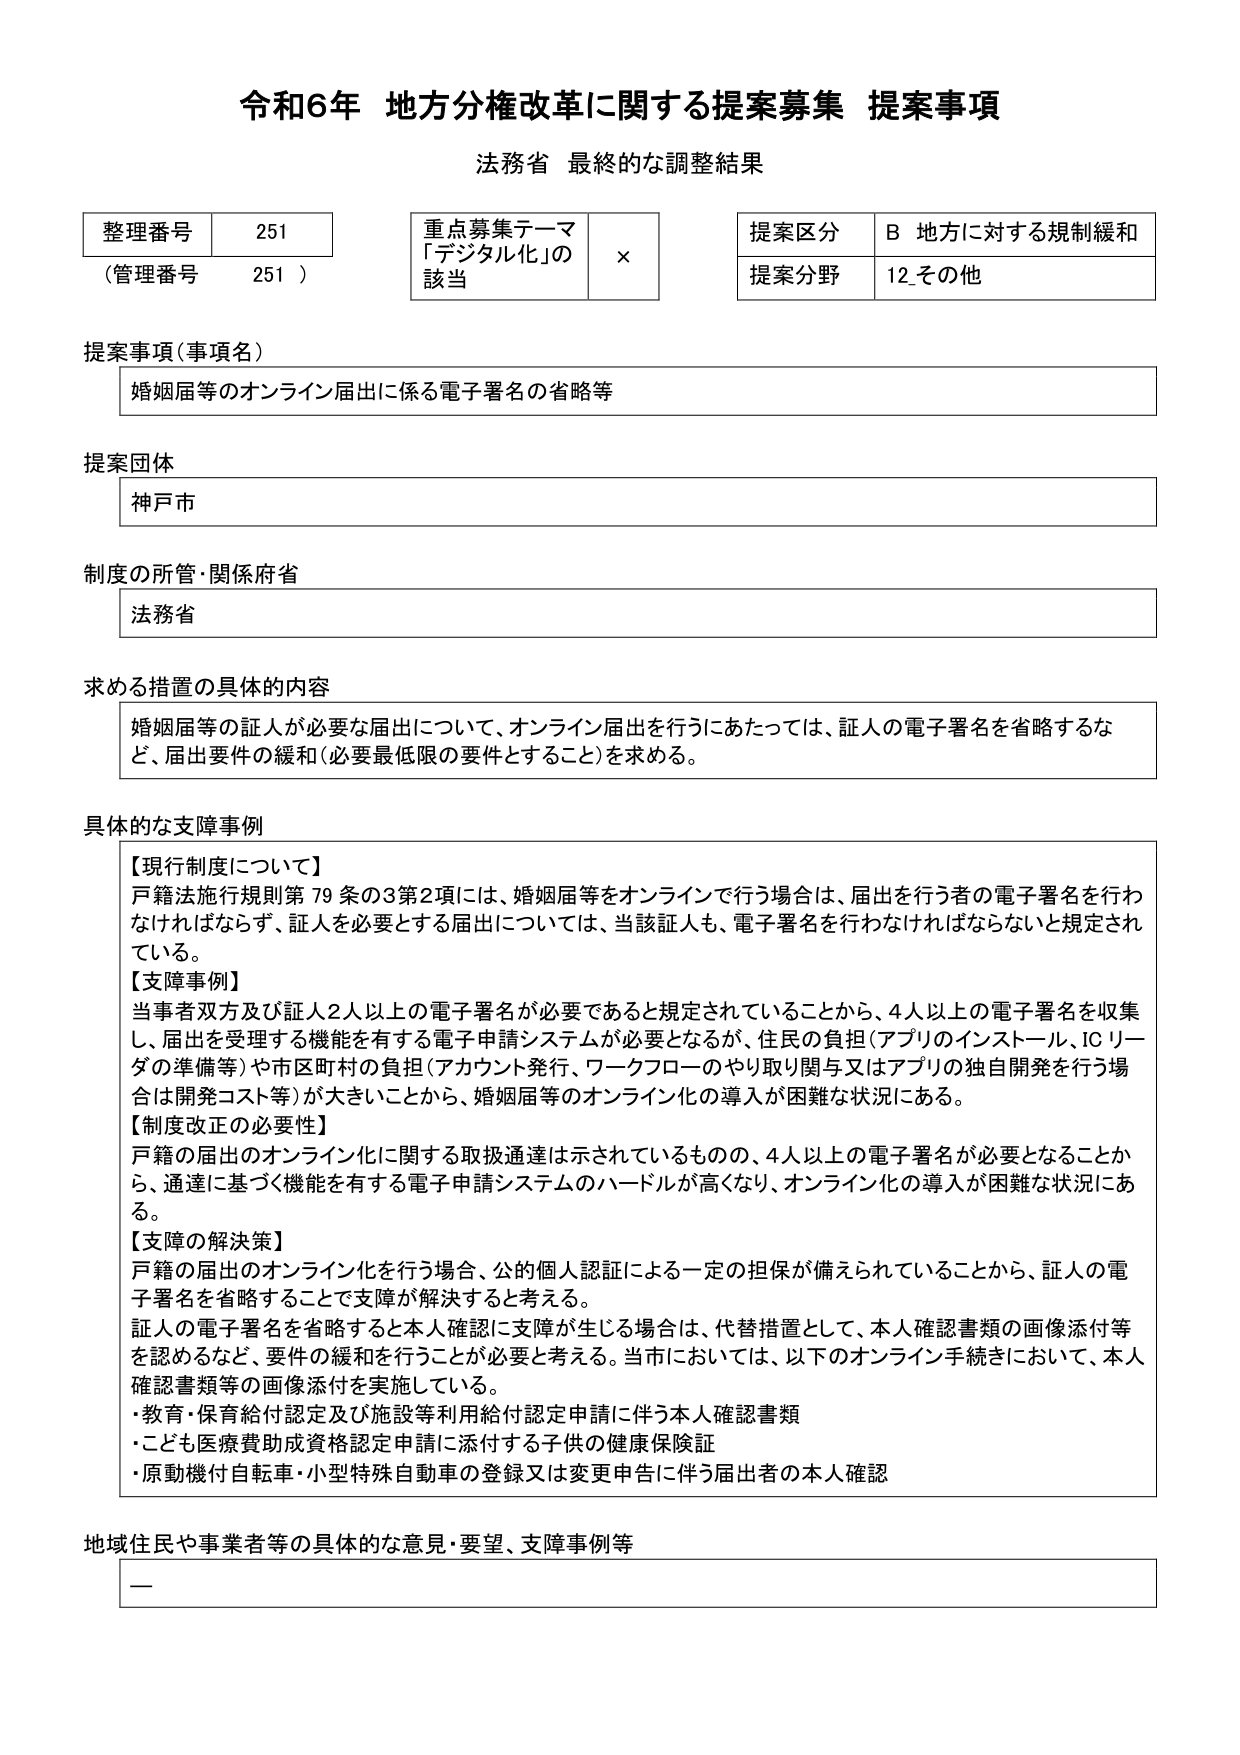
令和6年 地方分権改革に関する提案募集 提案事項
法務省 最終的な調整結果

整理番号 251
（管理番号 251）

重点募集テーマ
「デジタル化」の
該当 ×

提案区分 B 地方に対する規制緩和
提案分野 12 その他

提案事項（事項名）
婚姻届等のオンライン届出に係る電子署名の省略等

提案団体
神戸市

制度の所管・関係府省
法務省

求める措置の具体的内容
婚姻届等の証人が必要な届出について、オンライン届出を行うにあたっては、証人の電子署名を省略するなど、届出要件の緩和（必要最低限の要件とすること）を求める。

具体的な支障事例
【現行制度について】
戸籍法施行規則第79条の3第2項には、婚姻届等をオンラインで行う場合は、届出を行う者の電子署名を行わなければならないが、証人を必要とする届出については、当該証人も、電子署名を行わなければならないと規定されている。

【支障事例】
当事者双方及び証人2人以上の電子署名が必要であると規定されていることから、4人以上の電子署名を収集し、届出を受理する機能を有する電子申請システムが必要となるが、住民の負担（アプリのインストール、ICリーダの準備等）や市区町村の負担（アカウント発行、ワークフローのやり取り関与又はアプリの独自開発を行う場合は開発コスト等）が大きいことから、婚姻届等のオンライン化の導入が困難な状況にある。

【制度改正の必要性】
戸籍の届出のオンライン化に関する取扱通達は示されているものの、4人以上の電子署名が必要となることから、通達に基づく機能を有する電子申請システムのハードルが高くなり、オンライン化の導入が困難な状況にある。

【支障の解決策】
戸籍の届出のオンライン化を行う場合、公的個人認証による一定の担保が備えられていることから、証人の電子署名を省略することで支障が解決すると考える。
証人の電子署名を省略すると本人確認に支障が生じる場合は、代替措置として、本人確認書類の画像添付等を認めるなど、要件の緩和を行うことが必要と考える。当市においては、以下のオンライン手続きにおいて、本人確認書類等の画像添付を実施している。
・教育・保育給付認定及び施設等利用給付認定申請に伴う本人確認書類
・こども医療費助成資格認定申請に添付する子供の健康保険証
・原動機付自転車・小型特殊自動車の登録又は変更申告に伴う届出者の本人確認

地域住民や事業者等の具体的な意見・要望、支障事例等
ー